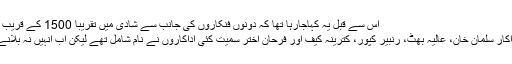
اس سے قبل یہ کہاجارہا تھا کہ دونوں فنکاروں کی جانب سے شادی میں تقریباً 1500 کے قریب مہمانوں کو مدعو کیا جائے گا
جن میں بالی ووڈ سے دبنگ اداکار سلمان خان، عالیہ بھٹ، رنبیر کپور، کترینہ کیف اور فرحان اختر سمیت کئی اداکاروں نے نام شامل تھے لیکن اب انہیں نہ بلانے کا حتمی فیصلہ کرلیا گیا ہے۔